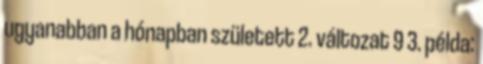
ugyanabban a hónapban született 2. változat 9 3. példa: